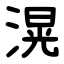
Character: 滉